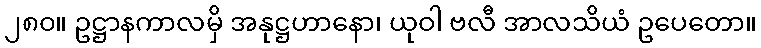
၂၈၀။ ဥဋ္ဌာနကာလမှိ အနုဋ္ဌဟာနော၊ ယုဝါ ဗလီ အာလသိယံ ဥပေတော။